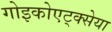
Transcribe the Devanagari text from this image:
गोइकोएट्क्सेया